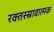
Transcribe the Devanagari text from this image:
रक्तस्स्रावात्मक